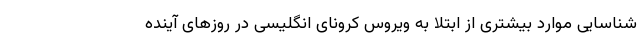
شناسایی موارد بیشتری از ابتلا به ویروس کرونای انگلیسی در روزهای آینده